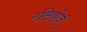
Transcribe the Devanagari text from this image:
रसिबोर्ज्